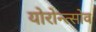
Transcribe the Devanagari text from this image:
योरोन्त्सोव